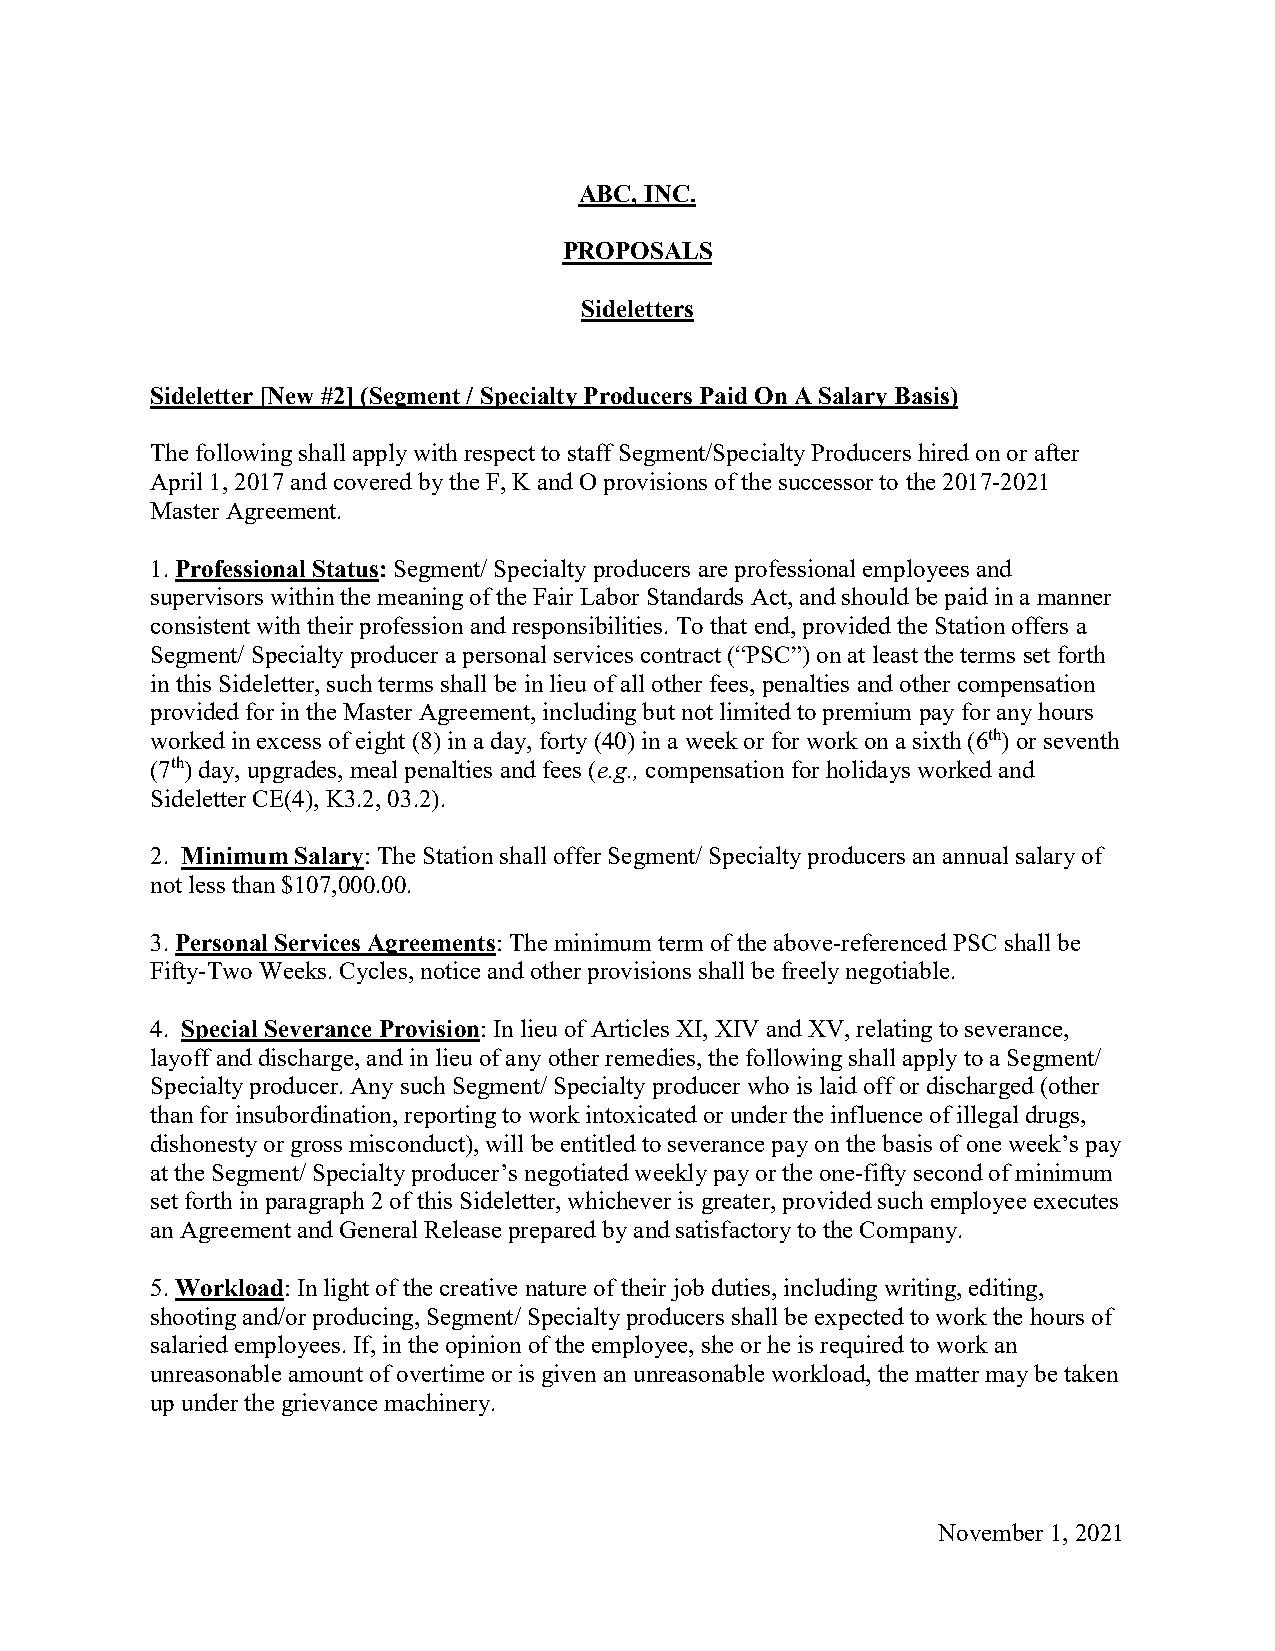
ABC, INC.
 PROPOSALS
 Sideletters
 Sideletter [New #2] (Segment / Specialty Producers Paid On A Salary Basis)
 The following shall apply with respect to staff Segment/Specialty Producers hired on or after
 April 1, 2017 and covered by the F, K and O provisions of the successor to the 2017-2021
 Master Agreement.
 1. Professional Status: Segment/ Specialty producers are professional employees and
 supervisors within the meaning of the Fair Labor Standards Act, and should be paid in a manner
 consistent with their profession and responsibilities. To that end, provided the Station offers a
 Segment/ Specialty producer a personal services contract (“PSC”) on at least the terms set forth
 in this Sideletter, such terms shall be in lieu of all other fees, penalties and other compensation
 provided for in the Master Agreement, including but not limited to premium pay for any hours
 worked in excess of eight (8) in a day, forty (40) in a week or for work on a sixth (6th) or seventh
 (7th) day, upgrades, meal penalties and fees (e.g., compensation for holidays worked and
 Sideletter CE(4), K3.2, 03.2).
 2. Minimum Salary: The Station shall offer Segment/ Specialty producers an annual salary of
 not less than $107,000.00.
 3. Personal Services Agreements: The minimum term of the above-referenced PSC shall be
 Fifty-Two Weeks. Cycles, notice and other provisions shall be freely negotiable.
 4. Special Severance Provision: In lieu of Articles XI, XIV and XV, relating to severance,
 layoff and discharge, and in lieu of any other remedies, the following shall apply to a Segment/
 Specialty producer. Any such Segment/ Specialty producer who is laid off or discharged (other
 than for insubordination, reporting to work intoxicated or under the influence of illegal drugs,
 dishonesty or gross misconduct), will be entitled to severance pay on the basis of one week’s pay
 at the Segment/ Specialty producer’s negotiated weekly pay or the one-fifty second of minimum
 set forth in paragraph 2 of this Sideletter, whichever is greater, provided such employee executes
 an Agreement and General Release prepared by and satisfactory to the Company.
 5. Workload: In light of the creative nature of their job duties, including writing, editing,
 shooting and/or producing, Segment/ Specialty producers shall be expected to work the hours of
 salaried employees. If, in the opinion of the employee, she or he is required to work an
 unreasonable amount of overtime or is given an unreasonable workload, the matter may be taken
 up under the grievance machinery.
 November 1, 2021